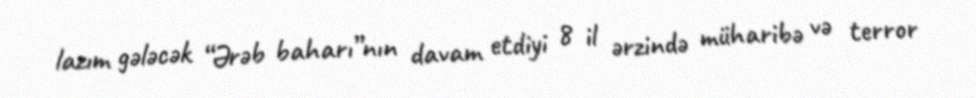
lazım gələcək “Ərəb baharı”nın davam etdiyi 8 il ərzində müharibə və terror